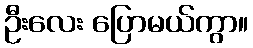
ဦးလေး ပြောမယ်ကွာ။